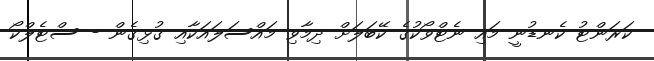
ކަރަންޓު ކެނޑުނީ މައި ނެޓްވޯކުގެ ކޭބަލަށް ދިމާވި މައްސަލައަކާއި ގުޅިގެން - ސްޓެލްކޯ